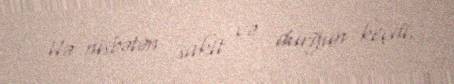
ilə nisbətən sakit və durğun keçdi.